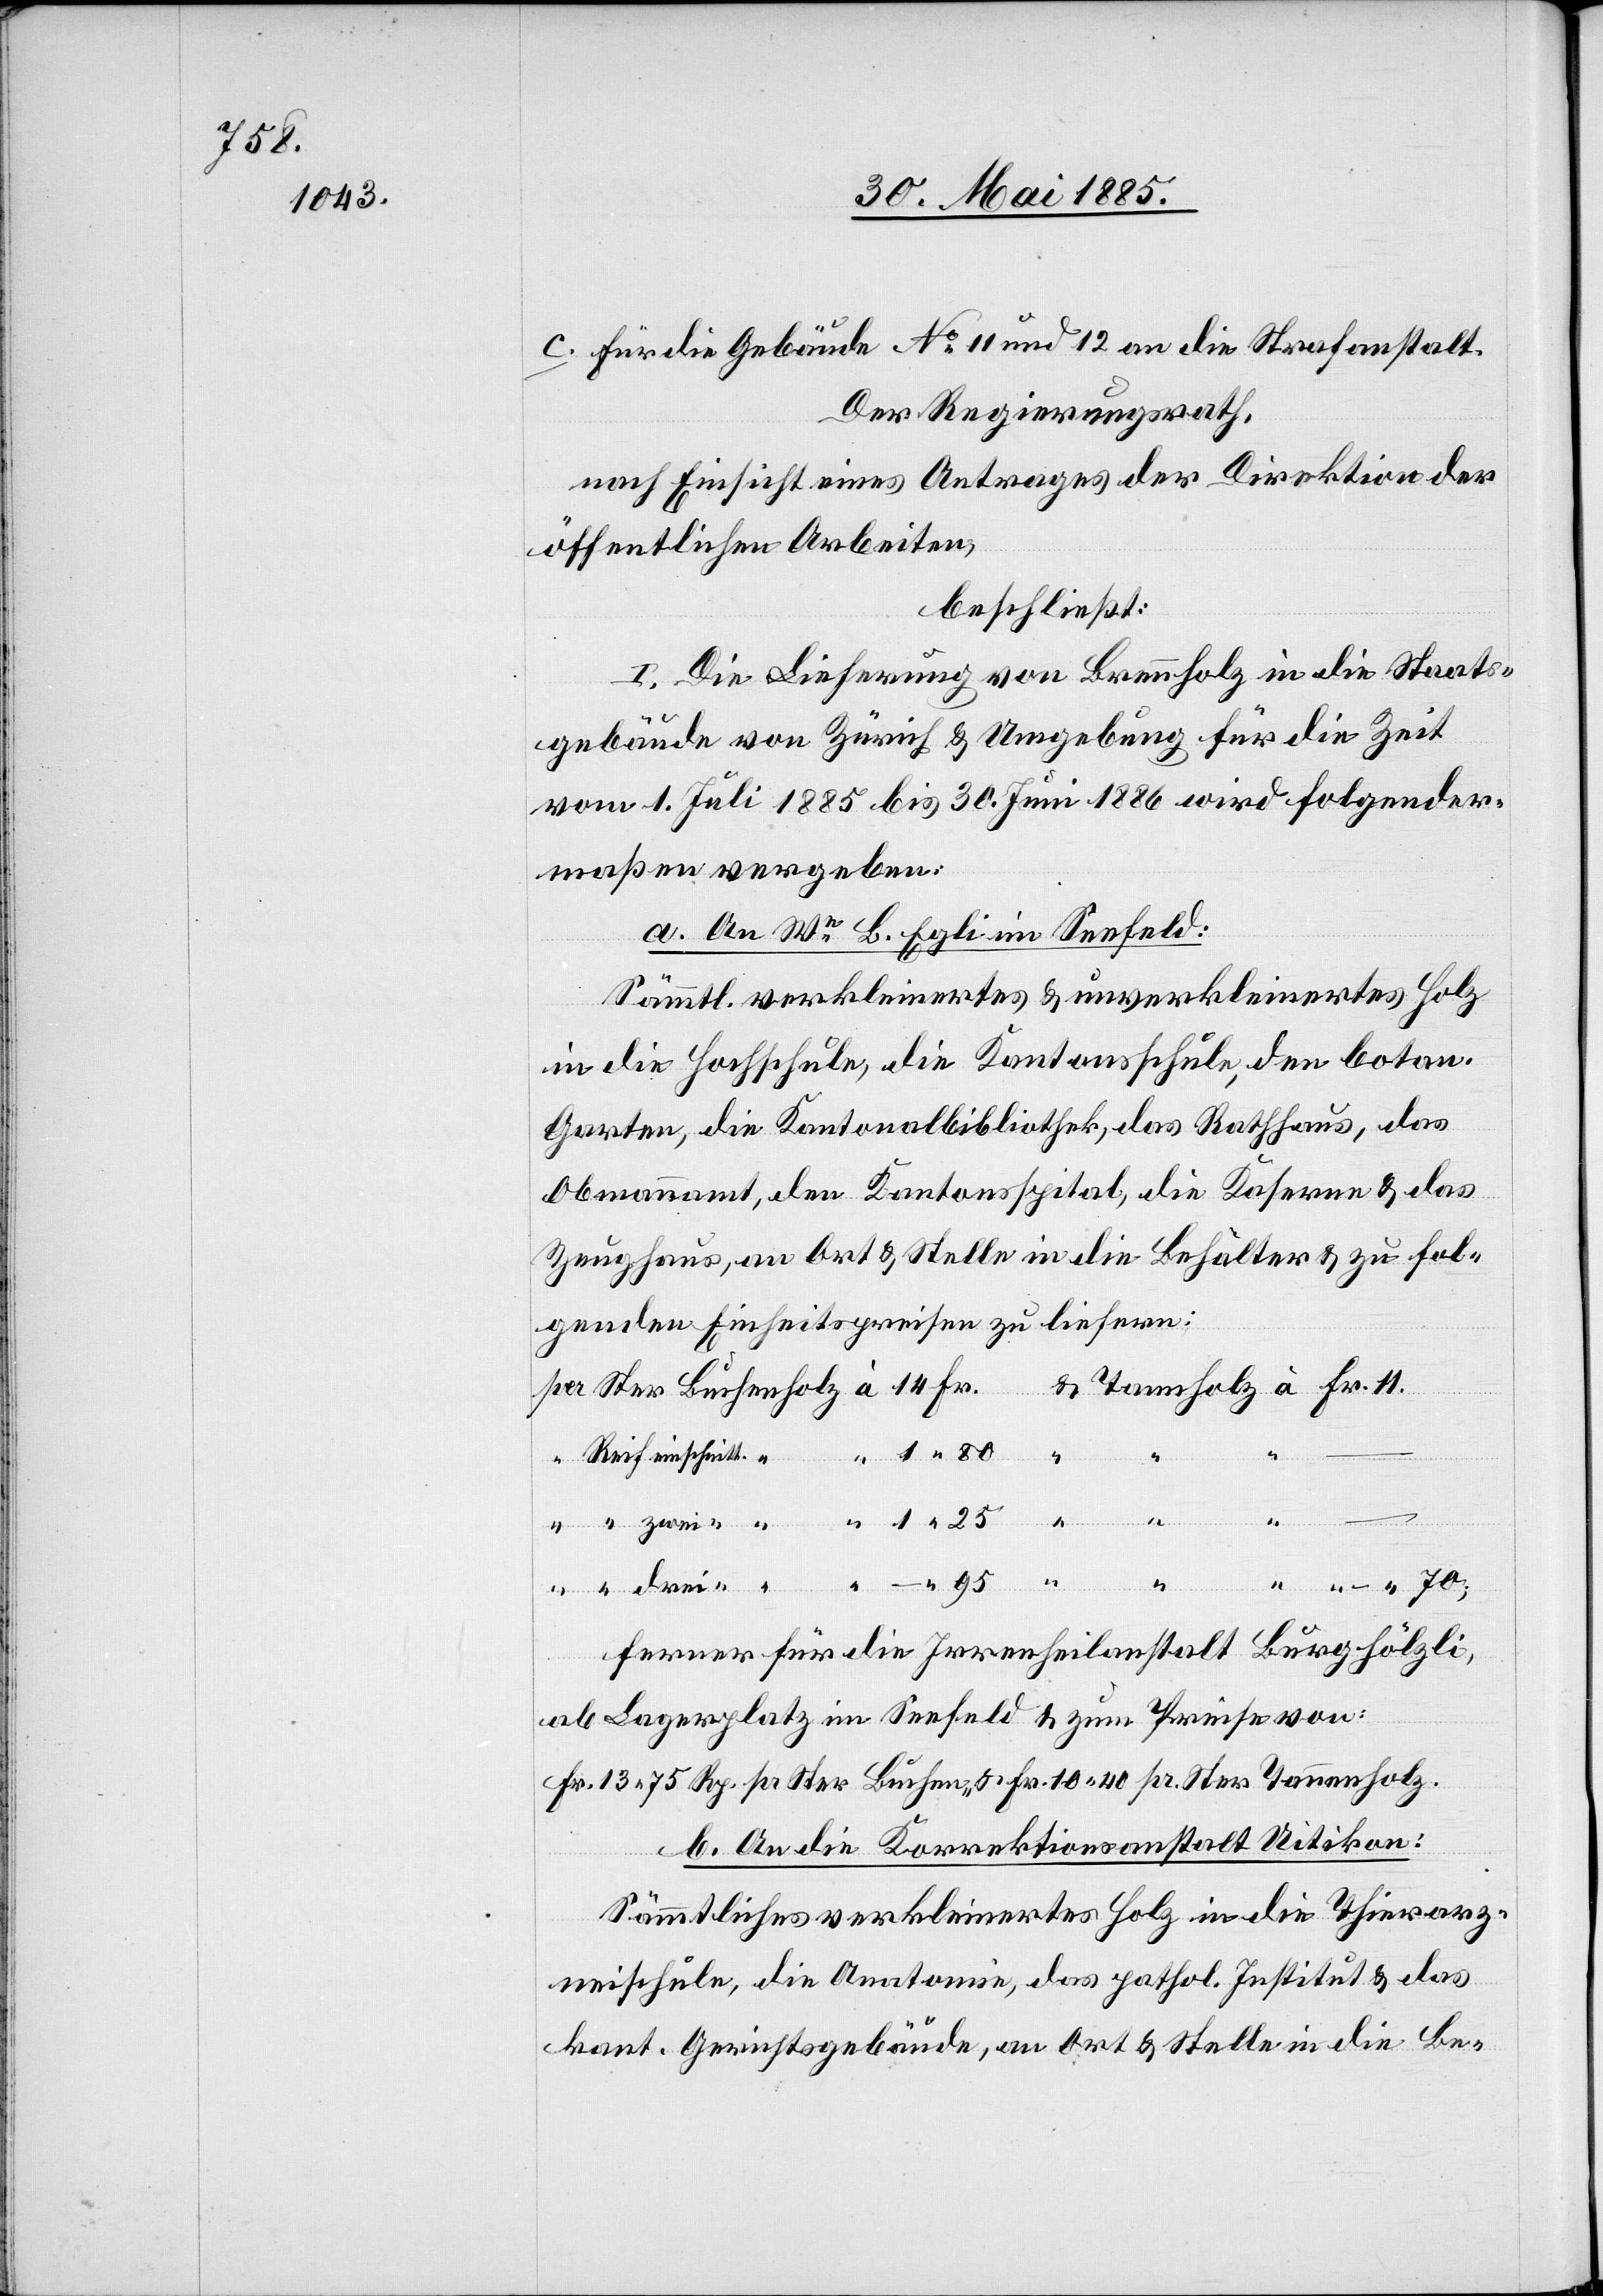
Der Regierungsrath,
nach Einsicht eines Antrages der Direktion der
öffentlichen Arbeiten,
beschließt:
I. Die Lieferung von Brennholz in die Staats¬
gebäude von Zürich & Umgebung für die Zeit
vom 1. Juli 1885 bis 30. Juni 1886 wird folgender¬
maßen vergeben:
a. An We B. Egli im Seefeld:
Sämmtl. verkleinertes & unverkleinertes Holz
in die Hochschule, die Kantonsschule, den Botan.
Garten, die Kantonalbibliothek, das Rathaus, das
Obmannamt, den Kantonsspital, die Kaserne & das
Zeughaus, an Ort & Stelle in die Behälter & zu fol¬
genden Einheitspreisen zu liefern:
drei-
ferner für die Irrenheilanstalt Burghölzli,
ab Lagerplatz im Seefeld & zum Preise von:
Fr. 13 75 rp. pr. Ster Buchen- & Fr. 10 40 pr. Ster Tannenholz.
b. An die Korrektionsanstalt Uitikon:
Sämmtliches verkleinertes Holz in die Thierarz¬
neischule, die Anatomie, das pathol. Institut & das
kant. Gerichtsgebäude, an Ort & Stelle in die Be-